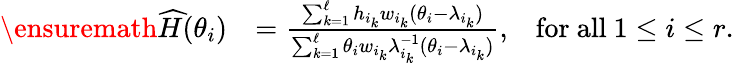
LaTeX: \begin{array}{rlr}{\ensuremath{\skew 4\widehat{H}}(\theta_{i})}&{=\frac{\sum_{k=1}^{\ell}h_{i_{k}}w_{i_{k}}(\theta_{i}-\lambda_{i_{k}})}{\sum_{k=1}^{\ell}\theta_{i}w_{i_{k}}\lambda_{i_{k}}^{-1}(\theta_{i}-\lambda_{i_{k}})},}&{\mathrm{for~all}~1\leq i\leq r.}\end{array}